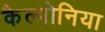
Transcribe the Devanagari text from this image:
कैल्पोनिया